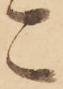
こ